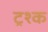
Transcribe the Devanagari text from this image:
ट्रश्क